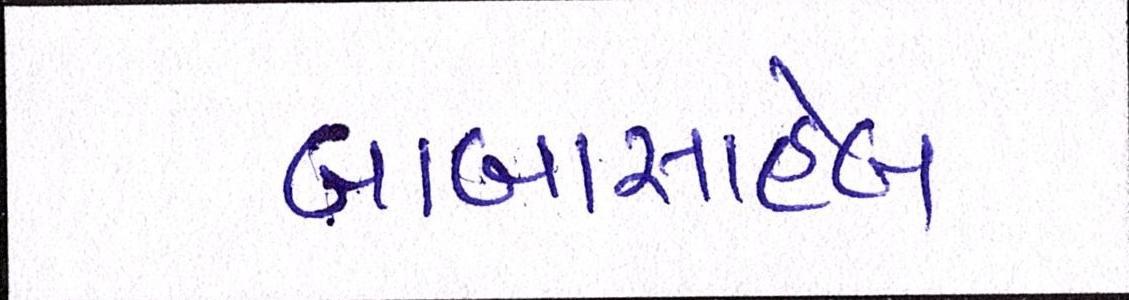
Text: બાબાસાહેબ